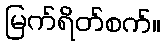
မြက်ရိတ်စက်။